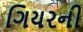
ગિયરની